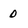
Character: 0